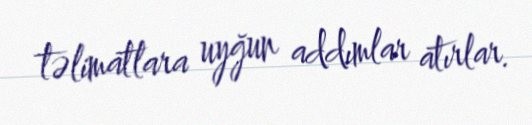
təlimatlara uyğun addımlar atırlar.